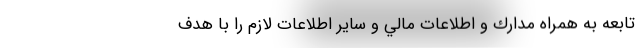
تابعه به همراه مدارك و اطلاعات مالي و ساير اطلاعات لازم را با هدف